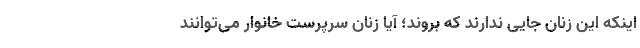
اینکه این زنان جایی ندارند که بروند؛ آیا زنان سرپرست خانوار می‌توانند